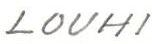
LOUHI